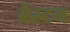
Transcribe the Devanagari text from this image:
ब्रैंस्टन